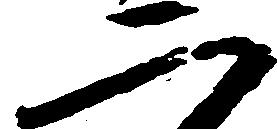
二